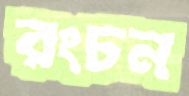
রংচন